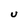
Character: U